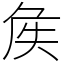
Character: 𡘓